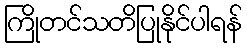
ကြိုတင်သတိပြုနိုင်ပါရန်